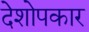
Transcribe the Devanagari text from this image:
देशोपकार